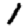
Digit: 1